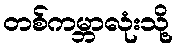
တစ်ကမ္ဘာလုံးသို့